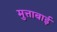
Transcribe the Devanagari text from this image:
मुत्ताबाई